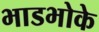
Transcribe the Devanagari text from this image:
भाडभोके